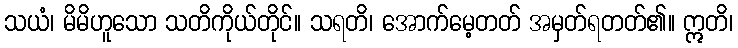
သယံ၊ မိမိဟူသော သတိကိုယ်တိုင်။ သရတိ၊ အောက်မေ့တတ် အမှတ်ရတတ်၏။ ဣတိ၊